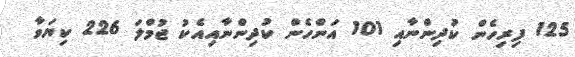
125 ފިރިހެން ކުދިންނާއި 101 އަންހެން ކުދިންނާއިއެކު ޖުމްލަ 226 ކިޔަވާ